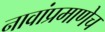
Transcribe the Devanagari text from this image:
नावांप्रमाणेच